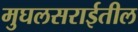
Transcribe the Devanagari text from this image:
मुघलसराईतील